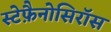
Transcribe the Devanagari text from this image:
स्टेफ़ैनोसिरॉस